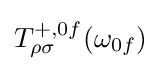
T_{\rho \sigma }^{+,0f}(\omega _{0f})